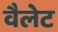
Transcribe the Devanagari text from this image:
वैलेट